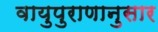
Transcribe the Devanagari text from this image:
वायुपुराणानुसार